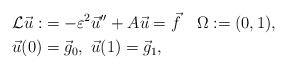
\begin{align*}{\cal L}\vec{u}:&= -\varepsilon^2\vec{u}'' + A\vec{u}= \vec{f}\quad\Omega:=(0,1),\\\vec{u}(0) &=\vec{g}_0,\ \vec{u}(1) =\vec{g}_1,\end{align*}